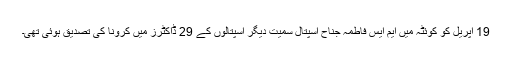
19 اپریل کو کوئٹہ میں ایم ایس فاطمہ جناح اسپتال سمیت دیگر اسپتالوں کے 29 ڈاکٹرز میں کرونا کی تصدیق ہوئی تھی۔